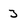
Character: 3